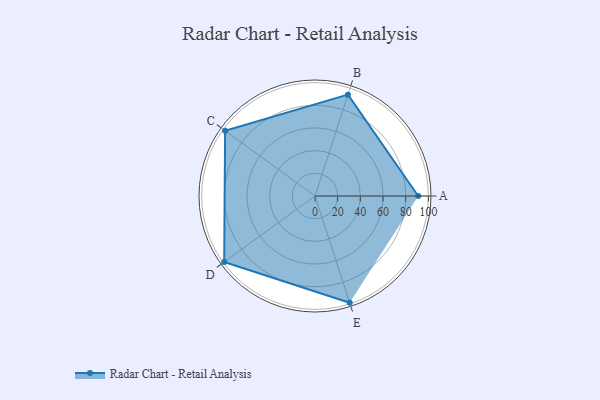
{"axis": {"x": "Skill", "y": "Score"}, "legend": ["Profile"], "data": [{"x": "A", "y": 91.0, "type": "Profile"}, {"x": "B", "y": 94.0, "type": "Profile"}, {"x": "C", "y": 98.0, "type": "Profile"}, {"x": "D", "y": 99, "type": "Profile"}, {"x": "E", "y": 99, "type": "Profile"}]}